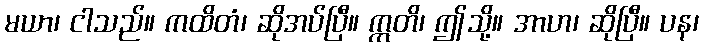
မယာ၊ ငါသည်။ ကထိတံ၊ ဆိုအပ်ပြီ။ ဣတိ၊ ဤသို့။ အာဟ၊ ဆိုပြီ။ ပန၊